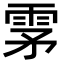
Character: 雺